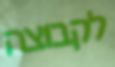
לקבוצה